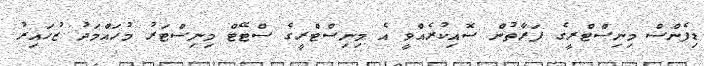
ޑިފެންސް މިނިސްޓްރީގެ ފަރާތުން ސޮއިކުރެއްވީ އެ މިނިސްޓްރީގެ ސްޓޭޓް މިނިސްޓަރު މުހައްމަދު ޒުހައިރު